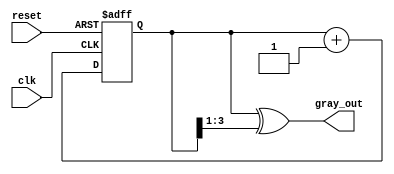
module gray_code_counter #(parameter n = 4) (
    input wire clk,
    input wire reset,
    output reg [n-1:0] gray_out
);

    reg [n-1:0] binary_count;

    // Function to convert binary to Gray code
    function [n-1:0] binary_to_gray;
        input [n-1:0] binary;
        begin
            binary_to_gray = binary ^ (binary >> 1);
        end
    endfunction

    // Asynchronous reset and counting mechanism
    always @(posedge clk or posedge reset) begin
        if (reset) begin
            binary_count <= 0; // Initialize binary count to 0
        end else begin
            binary_count <= binary_count + 1; // Increment binary count
        end
    end

    // Update gray_out on every clock cycle
    always @(binary_count) begin
        gray_out <= binary_to_gray(binary_count); // Convert binary to Gray code
    end

endmodule